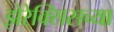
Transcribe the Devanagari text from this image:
झेरेक्सिसच्या